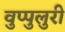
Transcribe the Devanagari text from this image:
वुप्पुलुरी